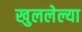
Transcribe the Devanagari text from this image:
खुललेल्या